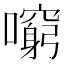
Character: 𡃕